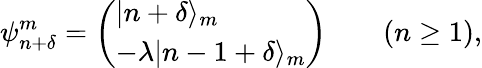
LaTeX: \psi_{n+\delta}^{m}=\left(\begin{array}{l}{|n+\delta\rangle_{m}}\\ {-\lambda|n-1+\delta\rangle_{m}}\end{array}\right)\qquad(n\geq 1),